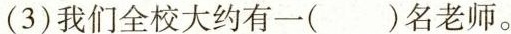
(3)我们全校大约有一( )名老师。